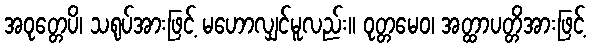
အဝုတ္တေပိ၊ သရုပ်အားဖြင့် မဟောလျှင်မူလည်း။ ဝုတ္တမေဝ၊ အတ္ထာပတ္တိအားဖြင့်